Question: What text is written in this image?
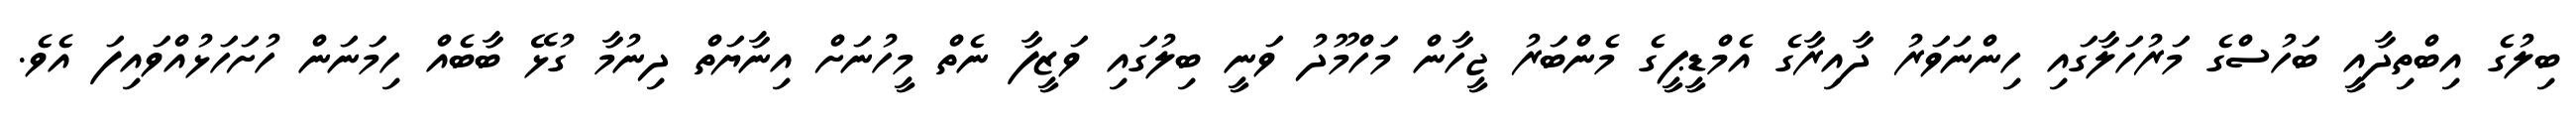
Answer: ބިލުގެ އިބްތިދާއީ ބަހުސްގެ މަރުހަލާގައި ހިންނަވަރު ދާއިރާގެ އެމްޑީޕީގެ މެންބަރު ޖީހާން މަހްމޫދު ވަނީ ބިލުގައި ވަޒީފާ ނެތް މީހުނަށް އިނާޔަތް ދިނުމާ ގުޅޭ ބާބެއް ހިމަނަން ހުށަހަޅުއްވައިފަ އެވެ.